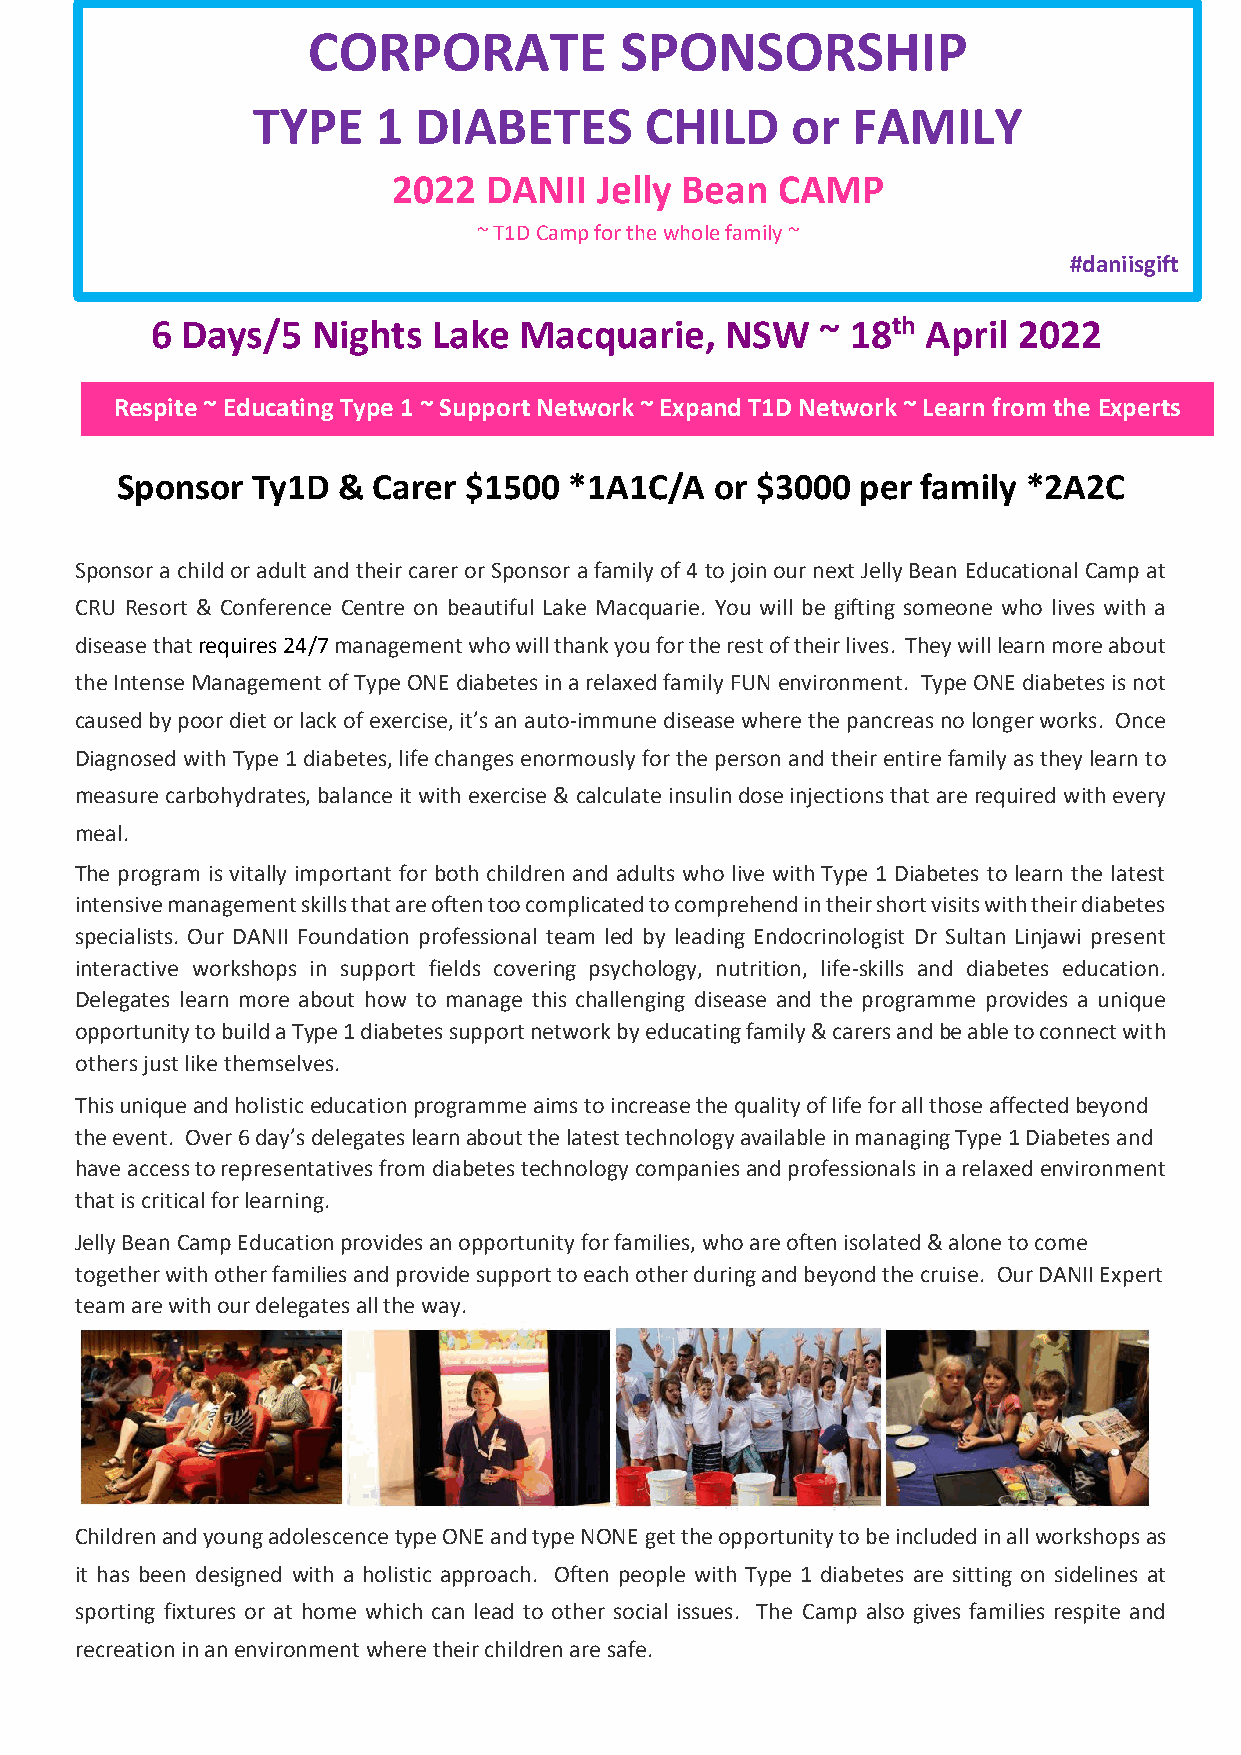
CORPORATE            SPONSORSHIP
 TYPE    1 DIABETES        CHILD    or  FAMILY
 2022  DANII  Je lly Bean CAMP
 ~ T1D Camp for the whole family ~
 #daniisgift
 6 Days/5   Nights  Lake Macquarie,    NSW   ~ 18th April 2022
 Respite ~ Educating Type 1 ~ Support Network ~ Expand T1D Network ~ Learn from the Experts
 Sponsor  Ty1D &  Carer $1500  *1A1C/A  or $3000  per family *2A2C
 Sponsor a child or adult and their carer or Sponsor a family of 4 to join our next Jelly Bean Educational Camp at
 CRU Resort & Conference Centre on beautiful Lake Macquarie. You will be gifting someone who lives with a
 disease that requires 24/7 management who will thank you for the rest of their lives. They will learn more about
 the Intense Management of Type ONE diabetes in a relaxed family FUN environment. Type ONE diabetes is not
 caused by poor diet or lack of exercise, it’s an auto-immune disease where the pancreas no longer works. Once
 Diagnosed with Type 1 diabetes, life changes enormously for the person and their entire family as they learn to
 measure carbohydrates, balance it with exercise & calculate insulin dose injections that are required with every
 meal.
 The program is vitally important for both children and adults who live with Type 1 Diabetes to learn the latest
 intensive management skills that are often too complicated to comprehend in their short visits with their diabetes
 specialists. Our DANII Foundation professional team led by leading Endocrinologist Dr Sultan Linjawi present
 interactive workshops in support fields covering psychology, nutrition, life-skills and diabetes education.
 Delegates learn more about how to manage this challenging disease and the programme provides a unique
 opportunity to build a Type 1 diabetes support network by educating family & carers and be able to connect with
 others just like themselves.
 This unique and holistic education programme aims to increase the quality of life for all those affected beyond
 the event. Over 6 day’s delegates learn about the latest technology available in managing Type 1 Diabetes and
 have access to representatives from diabetes technology companies and professionals in a relaxed environment
 that is critical for learning.
 Jelly Bean Camp Education provides an opportunity for families, who are often isolated & alone to come
 together with other families and provide support to each other during and beyond the cruise. Our DANII Expert
 team are with our delegates all the way.
 Children and young adolescence type ONE and type NONE get the opportunity to be included in all workshops as
 it has been designed with a holistic approach. Often people with Type 1 diabetes are sitting on sidelines at
 sporting fixtures or at home which can lead to other social issues. The Camp also gives families respite and
 recreation in an environment where their children are safe.